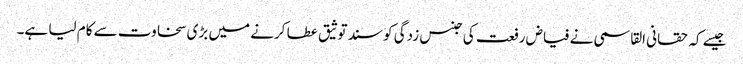
جیسے کہ حقانی القاسمی نے فیاض رفعت کی جنس زدگی کو سند توثیق عطا کرنے میں بڑی سخاوت سے کام لیا ہے۔